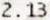
2.13